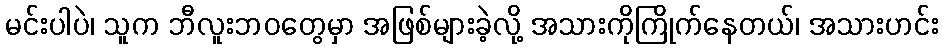
မင်းပါပဲ၊ သူက ဘီလူးဘဝတွေမှာ အဖြစ်များခဲ့လို့ အသားကိုကြိုက်နေတယ်၊ အသားဟင်း